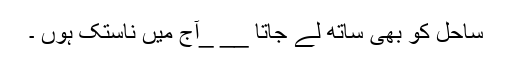
ساحل کو بھی ساتھ لے جاتا __ _آج میں ناستک ہوں ۔